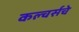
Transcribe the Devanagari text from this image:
कल्चर्सचे